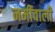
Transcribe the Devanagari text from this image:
नमीवाली